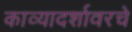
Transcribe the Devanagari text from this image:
काव्यादर्शावरचे